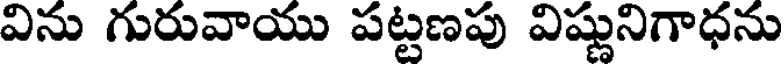
విను గురువాయు పట్టణపు విష్ణునిగాధను